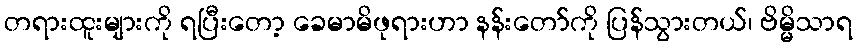
တရားထူးများကို ရပြီးတော့ ခေမာမိဖုရားဟာ နန်းတော်ကို ပြန်သွားတယ်၊ ဗိမ္မိသာရ